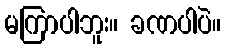
မကြာပါဘူး။ ခဏပါပဲ။